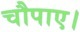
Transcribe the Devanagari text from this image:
चौपाए।